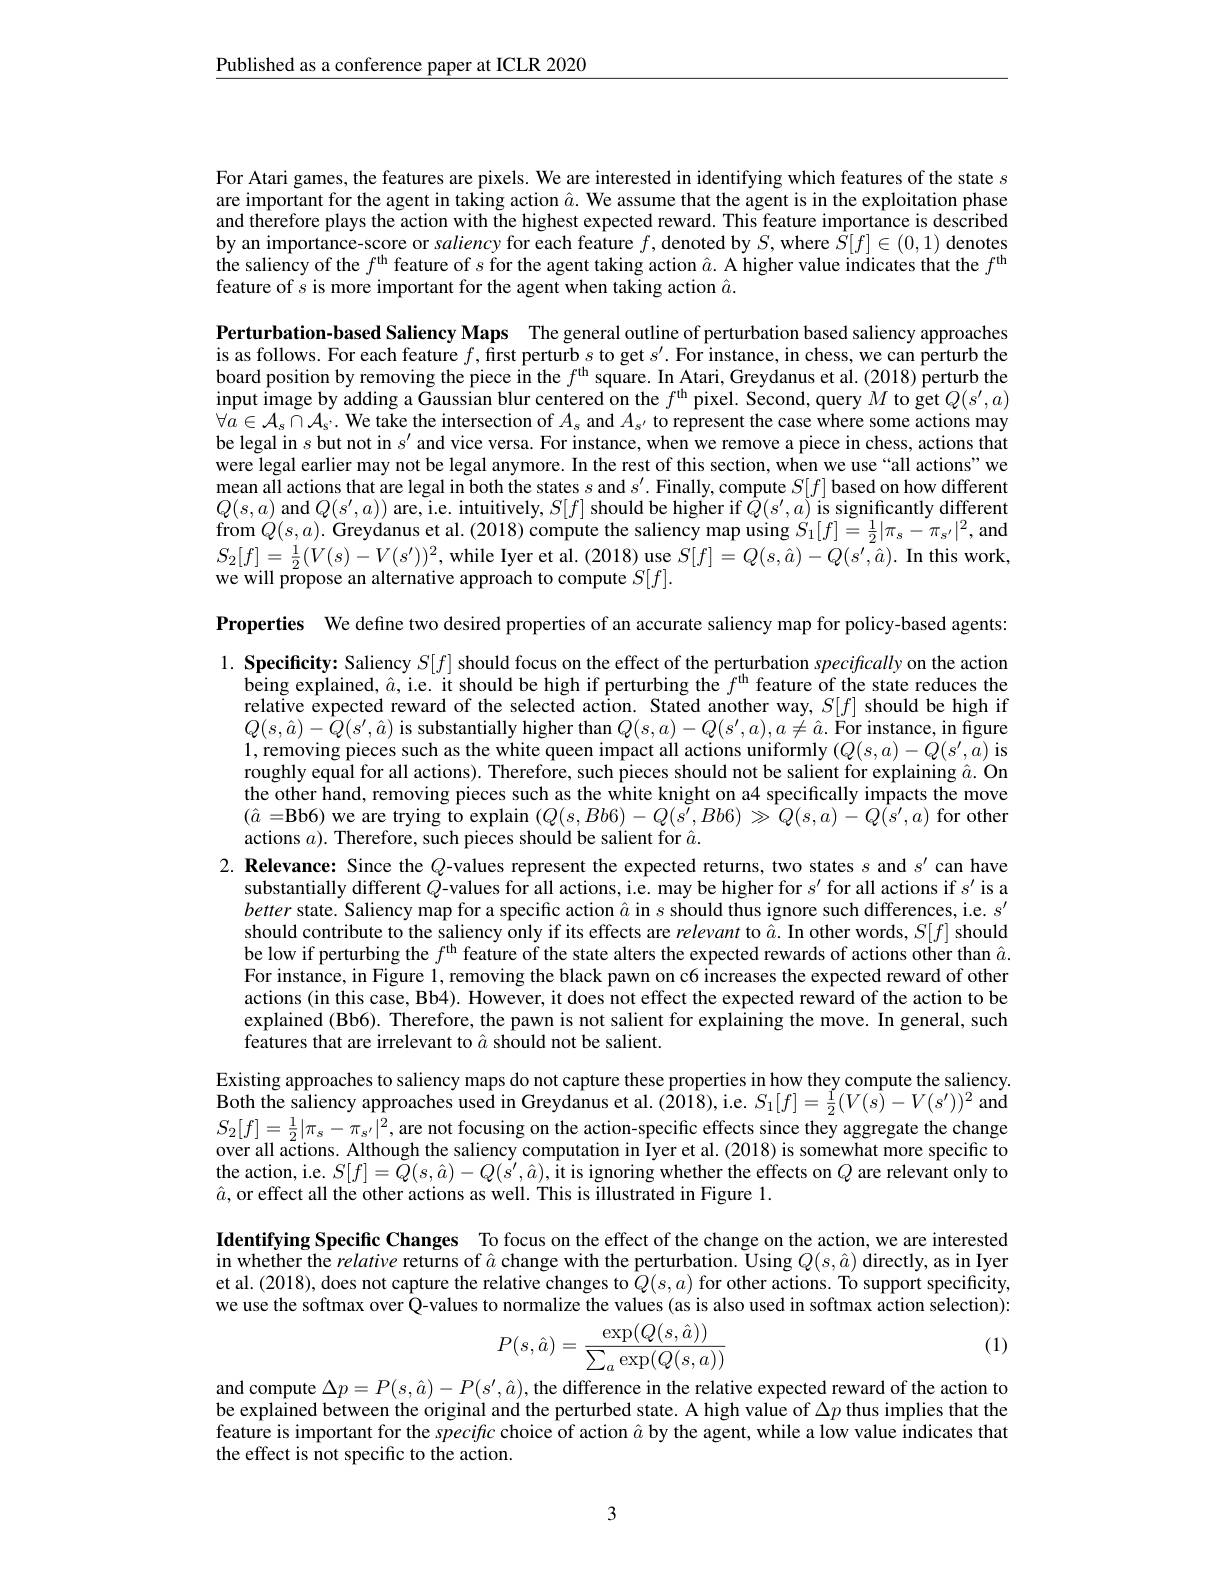
$\underline{\text{Published as a conference paper at ICLR 2020}}$

For Atari games, the features are pixels. We are interested in identifying which features of the state $s$ are important for the agent in taking action $\hat{a}.$ We assume that the agent is in the exploitation phase and therefore plays the action with the highest expected reward. This feature importance is described by an importance-score or saliency for each feature $f$, denoted by $S$,where $\bar{S}[f]\in(0,1)$ denotes the saliency of the $f^\mathrm{uh}$ feature of $s$ for the agent taking action $\hat{a}.$ A higher value indicates that the $f^\mathrm{th}$ feature of $s$ is more important for the agent when taking action $\hat{a}.$

Perturbation-based Saliency Maps The general outline of perturbation based saliency approaches is as follows. For each feature $f$,first perturb$s$ to get $s^\prime.$ For instance, in chess, we can perturb the board position by removing the piece in the $f^\mathrm{th}$ square. In Atari, Greydanus et al. (2018) perturb the input image by adding a Gaussian blur centered on the $f^\mathrm{th}$ pixel. Second, query $M$ to get $Q(s^\prime,a)$ $\forall\hat{a}\in\mathcal{A}_s\cap\mathcal{A}_s.$ We take the intersection of $A_s$ and $A_s^\prime$ to represent the case where some actions may be legal in $s$ but not in $s^{\prime }$ and vice versa. For instance, when we remove a piece in chess, actions that were legal earlier may not be legal anymore. In the rest of this section, when we use “all actions” we $\begin{array}{l}\text{mean alil actions that are legal in both the states s and }s^{\prime}.\text{Finally,compute }S[f]\text{ based on how different}\\Q(s,a)\mathrm{~and~}Q(s^{\prime},a))\mathrm{~are,~ie.~intuitively,~}S[f]\text{ should be higher if }Q(s^{\prime},a)\mathrm{~is~significantly~different}\\\end{array}$ from $Q(s,a).$ Greydanus et al. (2018) compute the saliency map using $S_1[f]=\frac12|\pi_s-\pi_{s^{\prime}}|^2$, and $S_{2}[f]=\frac{1}{2}(V(s)-V(s^{\prime}))^{2}$,while Iyer et al. (2018)use $S[f]=Q(s,\hat{a})-Q(s^{\prime},\bar{\hat{a}}).$ In this work, we will propose an alternative approach to compute $S[f].$

Properties We define two desired properties of an accurate saliency map for policy-based agents:

$1. \textbf{ Specificity: Saliency }S[ f]$ should focus on the effect of the perturbation specifically on the action
$\dot{\text{being explained, \^{a},i.e. it should be high if perturbing the }f^\mathrm{th}{\text{feature of the state reduces the}}}$ relative expected reward of the selected action. Stated another way, $S[f]$ should be high if $Q(s,\hat{a})-\tilde{Q}(s^{\prime},\hat{a})$ is substantially higher than $Q(s,a)-Q(s^{\prime},a),a\neq\hat{a}.$ For instance, in figure 1,removing pieces such as the white queen impact all actions uniformly $(Q(s,a)-Q(s^{\prime},\bar{a})$ is roughly equal for all actions). Therefore, such pieces should not be salient for explaining $\hat{a}.$ On the other hand, removing pieces such as the white knight on a4 specifically impacts the move $(\hat{a}=$Bb6) we are trying to explain $(Q(s,Bb6)-Q(s^{\prime},Bb6)\gg Q(s,a)-Q(s^{\prime},a)$ for other actions $a).$ Therefore, such pieces should be salient for $\hat{a}.$
2. Relevance: Since the $Q$-values represent the expected returns, two states $s$ and $s^\prime$ can have
substantially different $Q$-values for all actions, i.e. may be higher for $s^\prime$ for all actions if $s^\prime$ is a better state. Saliency map for a specific action $\hat{a}$ in $s$ should thus ignore such differences, i.e. $s^\prime$ should contribute to the saliency only if its effects are relevant to $\tilde{\hat{a}}.$ In other words, $S[f]$ should be low if perturbing the $f^\mathrm{uh~feature~of~the~state~alters~the~expected~rewards~of~actions~other~than~}\hat{a}.$ For instance, in Figure 1, removing the black pawn on c6 increases the expected reward of other actions (in this case, Bb4). However, it does not effect the expected reward of the action to be explained (Bb6). Therefore, the pawn is not salient for explaining the move. In general, such features that are irrelevant to $\hat{a}$ should not be salient.
Existing approaches to saliency maps do not capture these properties in how they compute the saliency.

Both the saliency approaches used in Greydanus et al. (201$\hat{8})$,i.e. $S_1[f]=\frac{1}{2}(V(\hat{s})-V(s^{\prime}))^{2}$ and $S_2[f]=\frac12|\pi_s-\pi_{s^{\prime}}|^2$,are not focusing on the action-specific effects since they aggregate the change over all actions. Although the saliency computation in Iyer et al. (2018) is somewhat more specific to the action, i.e. $S[f]=\dot{Q}(s,\hat{a})-Q(s^{\prime},\hat{a})$, it is ignoring whether the effects on $Q$ are relevant only to $\hat{a}$, or effect all the other actions as well. This is illustrated in Figure 1.

Identifying Specific Changes To focus on the effect of the change on the action, we are interested in whether the relative returns of $\hat{a}$ change with the perturbation. Üsing $Q(s,\hat{a})$ directly, as in Iyer et al. (2018), does not capture the relative changes to $\hat{Q}(s,a)$ for other actions. To support specificity, we use the softmax over Q-values to normalize the values (as is also used in softmax action selection):
$$P(s,\hat{a})=\frac{\exp(Q(s,\hat{a}))}{\sum_a\exp(Q(s,a))}$$
(1)

and compute $\Delta p=P(s,\hat{a})-P(s^{\prime},\hat{a})$,the difference in the relative expected reward of the action to be explained between the original and the perturbed state. A high value of $\Delta p$ thus implies that the feature is important for the specific choice of action $\hat{a}$ by the agent, while a low value indicates that the effect is not specific to the action.

3